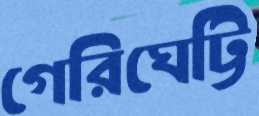
গেরিঘেট্টি